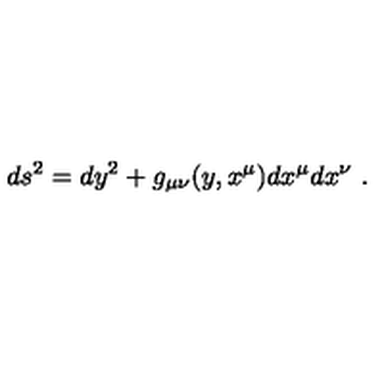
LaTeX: d s ^ { 2 } = d y ^ { 2 } + g _ { \mu \nu } ( y , x ^ { \mu } ) d x ^ { \mu } d x ^ { \nu } \ .